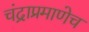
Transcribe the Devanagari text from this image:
चंद्राप्रमाणेच